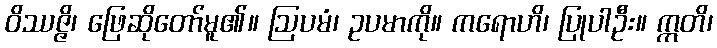
ဝိဿဇ္ဇိ၊ ဖြေဆိုတော်မူ၏။ ဩပမံ၊ ဥပမာကို။ ကရောဟိ၊ ပြုပါဦး။ ဣတိ၊